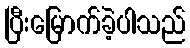
ပြီးမြောက်ခဲ့ပါသည်